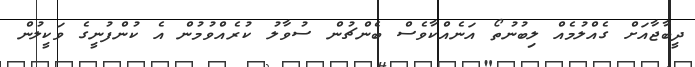
ދީބާޖާއަށް ގެއްލުމެއް ލިބުނުތޯ އަނެއްކާވެސް ބެންޗުން ސުވާލު ކުރެއްވުމުން އެ ކުންފުނީގެ ވަކީލުން